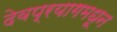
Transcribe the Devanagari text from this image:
देवप्रयागमधून